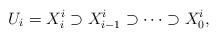
LaTeX: \begin{align*}U_i = X^i_i \supset X^i_{i-1} \supset \cdots \supset X^i_0, \end{align*}